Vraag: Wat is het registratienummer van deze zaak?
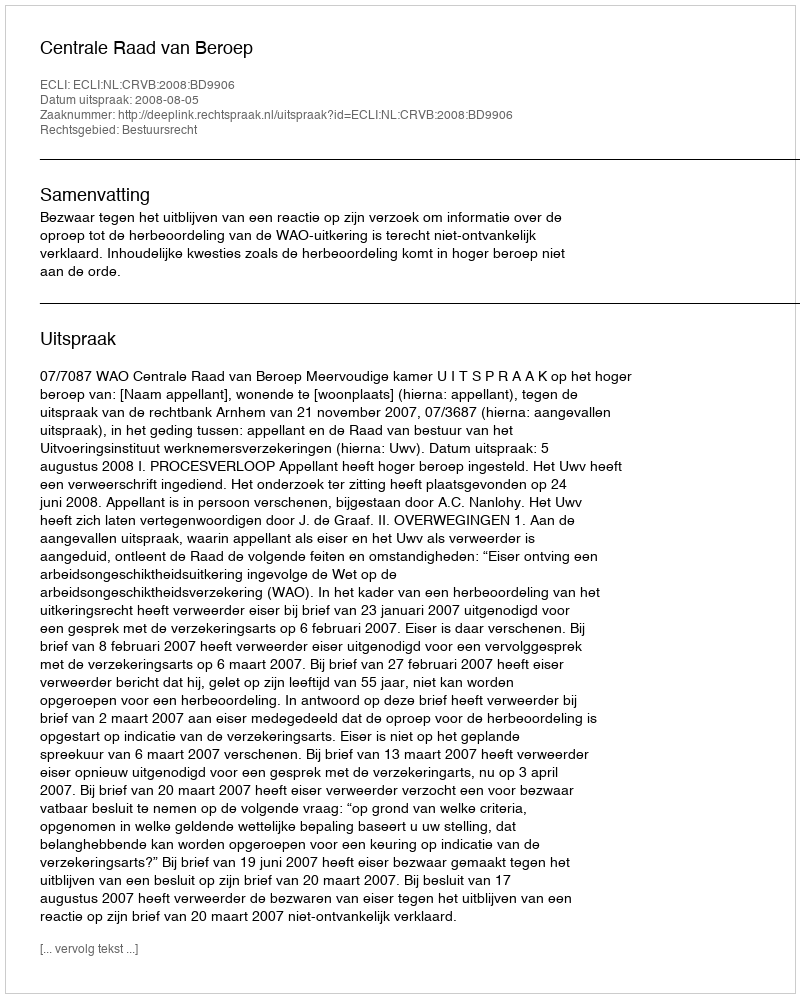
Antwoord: http://deeplink.rechtspraak.nl/uitspraak?id=ECLI:NL:CRVB:2008:BD9906